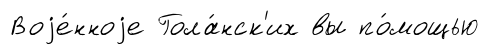
Воjе́нноjе Гола́нск'их вы по́мощью